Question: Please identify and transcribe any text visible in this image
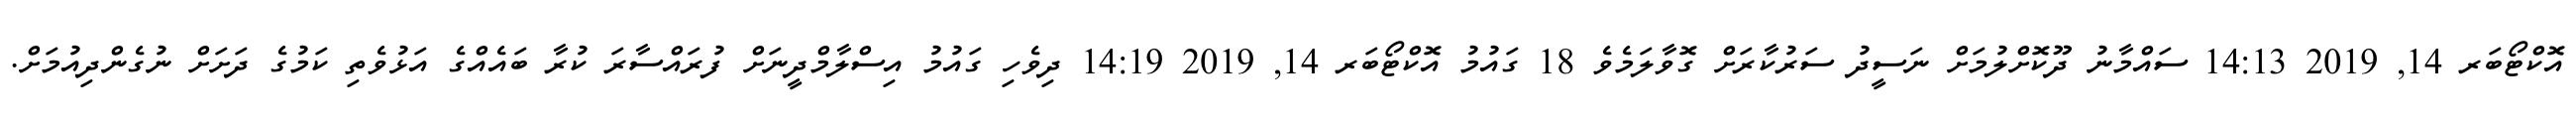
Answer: އޮކްޓޯބަރ 14, 2019 14:13 ސައްމާނު ދޫކޮށްލުމަށް ނަސީދު ސަރުކާރަށް ގޮވާލަމެވެ 18 ގައުމު އޮކްޓޯބަރ 14, 2019 14:19 ދިވެހި ގައުމު އިސްލާމްދީނަށް ފުރައްސާރަ ކުރާ ބައެއްގެ އަޅުވެތި ކަމުގެ ދަށަށް ނުގެންދިއުމަށް.